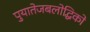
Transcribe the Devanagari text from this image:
पुयातेजबलोद्धिको